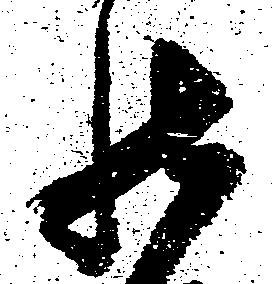
罷